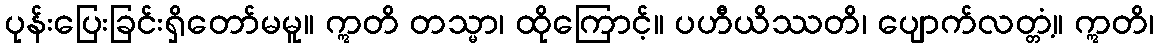
ပုန်းပြေးခြင်းရှိတော်မမူ။ ဣတိ တသ္မာ၊ ထိုကြောင့်။ ပဟီယိဿတိ၊ ပျောက်လတ္တံ့။ ဣတိ၊